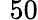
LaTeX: \, \, 50